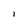
Character: l